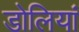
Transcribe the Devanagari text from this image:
डोलियां